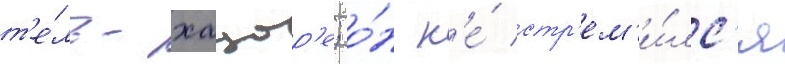
т'е́ль-хацор'е; о́н н'е́ стр'ем'и́лс'я